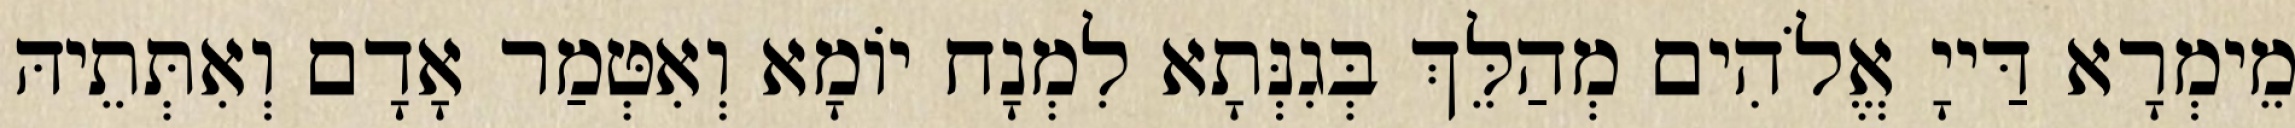
מֵימְרָא דַּייָ אֱלֹהִים מְהַלֵּךְ בְּגִנְּתָא לִמְנָח יוֹמָא וְאִטְּמַר אָדָם וְאִתְּתֵיהּ